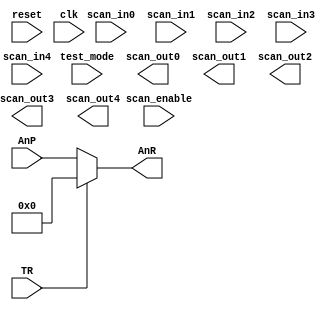
/*

Description : Predictor trigger block

Author : Ghassan Dharb

Revision History :
//----------------------------------------------------------------------------------
2/16/16 - by Ghassan Dharb - Initial creation
2/17/16 - by Adam Steenkamer - Created an actual description, made some spacing uniform
//----------------------------------------------------------------------------------

*/

module TRIGB (
           reset,
           clk,
           scan_in0,
           scan_in1,
           scan_in2,
           scan_in3,
           scan_in4,
           scan_enable,
           test_mode,
           scan_out0,
           scan_out1,
           scan_out2,
           scan_out3,
           scan_out4,
           TR,
           AnP,
           AnR
       );

input
    reset,                      // system reset
    clk;                        // system clock

input
    scan_in0,                   // test scan mode data input
    scan_in1,                   // test scan mode data input
    scan_in2,                   // test scan mode data input
    scan_in3,                   // test scan mode data input
    scan_in4,                   // test scan mode data input
    scan_enable,                // test scan mode enable
    test_mode,                  // test mode 
    TR;

input [15:0] AnP;

output
    scan_out0,                  // test scan mode data output
    scan_out1,                  // test scan mode data output
    scan_out2,                  // test scan mode data output
    scan_out3,                  // test scan mode data output
    scan_out4;                  // test scan mode data output

output [15:0] AnR;
reg [15:0] AnR;

always @ (AnP, TR) begin
	if ( TR == 0) begin
		AnR = AnP;                   // equating AnR and AnP when TR = 0
	end else begin
		AnR = 0;                     // AnR will be 0 when TR = 1             
	end
end

endmodule // TRIGB